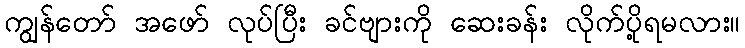
ကျွန်တော် အဖော် လုပ်ပြီး ခင်ဗျားကို ဆေးခန်း လိုက်ပို့ရမလား။